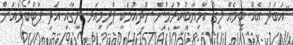
"އަބަދު އެއް ޓީމެއް ލީގު ކާމިޔާބުކުރަމުން ނުދިއުމަކީ ޕްރިމިއަރ ލީގާއި އަދި ފުޓްބޯޅައަށް